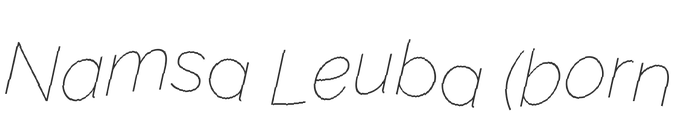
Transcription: Namsa Leuba (born